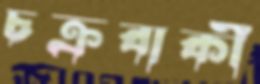
চক্রবাকী